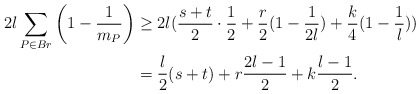
\begin{align*}2l\sum\limits_{P\in Br} \left(1-\frac{1}{m_P}\right)&\geq 2l(\frac{s+t}{2}\cdot \frac{1}{2}+\frac{r}{2}(1-\frac{1}{2l})+\frac{k}{4}(1-\frac{1}{l}))\\&=\frac{l}{2}(s+t)+r\frac{2l-1}{2}+k\frac{l-1}{2}.\end{align*}